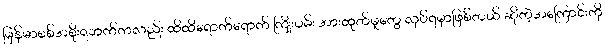
မြန်မာစစ်အစိုးရဘက်ကလည်း ထိထိရောက်ရောက် ကြိုးပမ်း အားထုတ်မှုတွေ လုပ်ရမှာဖြစ်တယ် ဆိုတဲ့အကြောင်းကို